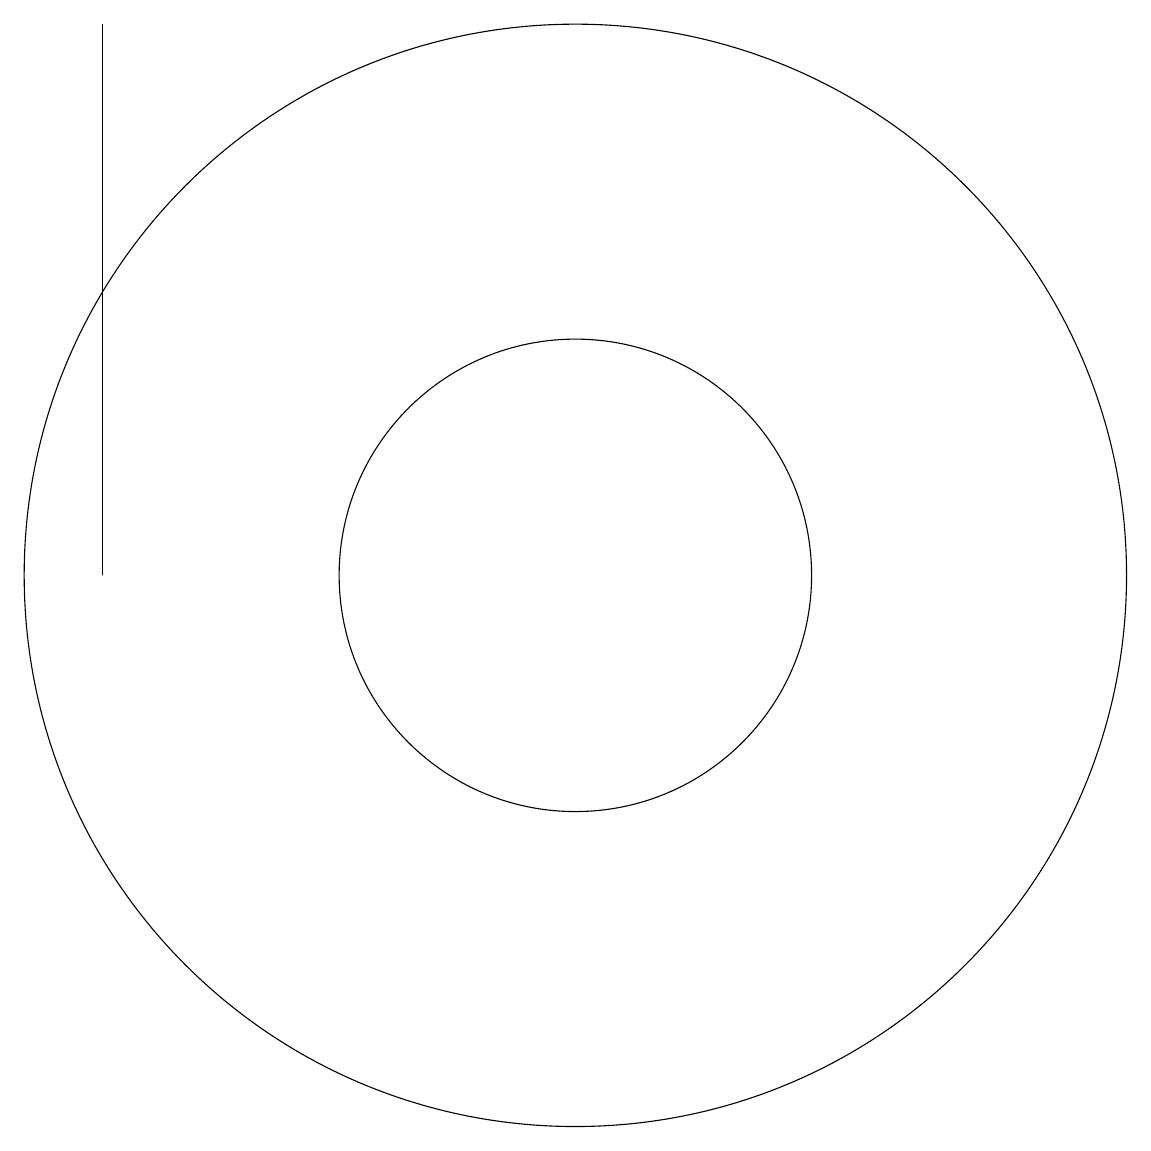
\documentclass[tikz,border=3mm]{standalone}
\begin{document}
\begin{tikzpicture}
\draw (6,12) rectangle (6,19);
\draw (12,12) circle (7);
\draw (12,12) circle (3);
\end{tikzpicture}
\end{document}